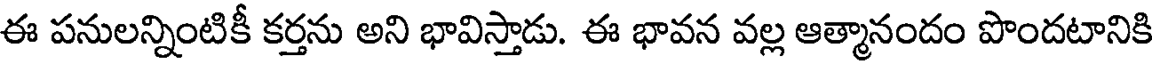
ఈ పనులన్నింటికీ కర్తను అని భావిస్తాడు. ఈ భావన వల్ల ఆత్మానందం పొందటానికి